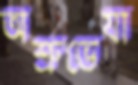
অশ্রুভেযা